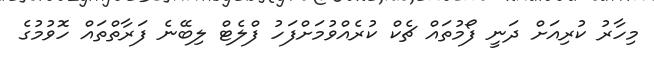
މިހާރު ކުރިއަށް ދަނީ ފޯމުތައް ޗެކް ކުރެއްވުމަށްފަހު ފްލެޓް ލިބޭނެ ފަރާތްތައް ހޮވުމުގެ